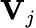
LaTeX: \mathbf{V}_{j}